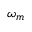
\omega _ { m }